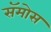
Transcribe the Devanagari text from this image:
सॅमोस